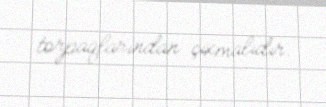
torpaqlarından çıxmalıdır.